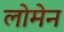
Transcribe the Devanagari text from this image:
लोमेन